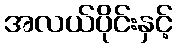
အလယ်ပိုင်းနှင့်